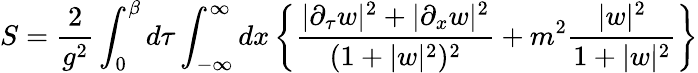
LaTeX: S={\frac{2}{g^{2}}}\int_{0}^{\beta}d\tau\int_{-\infty}^{\infty}dx\left\{ {\frac{\vert\partial_{\tau}w\vert^{2}+\vert\partial_{x}w\vert^{2}}{(1+\vert w\vert^{2})^{2}}}+m^{2}{\frac{\vert w\vert^{2}}{1+\vert w\vert^{2}}}\right\}